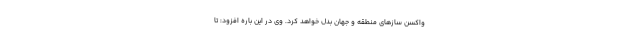
واکسن سازهای منطقه و جهان بدل خواهد کرد. وی در این باره افزود: تا